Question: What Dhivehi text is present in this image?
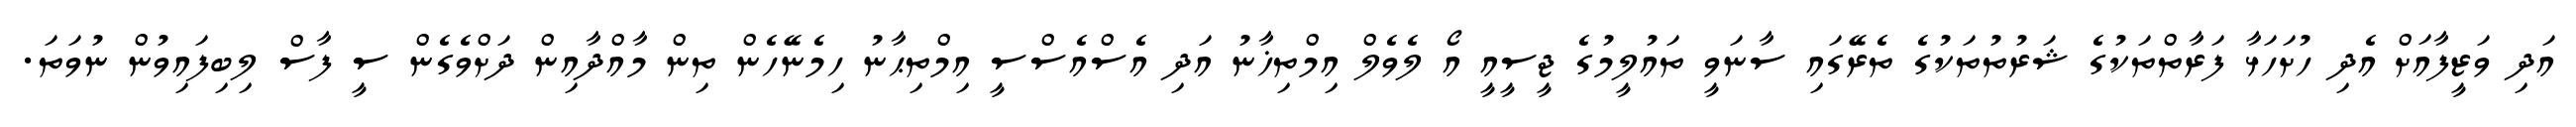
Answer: އަދި ވަޒީފާއަށް އެދި ހުށަހަޅާ ފަރާތްތަކުގެ ޝަރުތުތަކުގެ ތެރޭގައި ސާނަވީ ތައުލީމުގެ ޖީސީއީ އޯ ލެވެލް އިމްތިޚާނު އަދި އެސްއެސްސީ އިމްތިޙާނު ހިމެނޭހެން ތިން މާއްދާއިން ދަށްވެގެން ސީ ފާސް ލިބިފައިވުން ނުވަތަ.